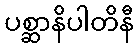
ပစ္ဆာနိပါတိနီ